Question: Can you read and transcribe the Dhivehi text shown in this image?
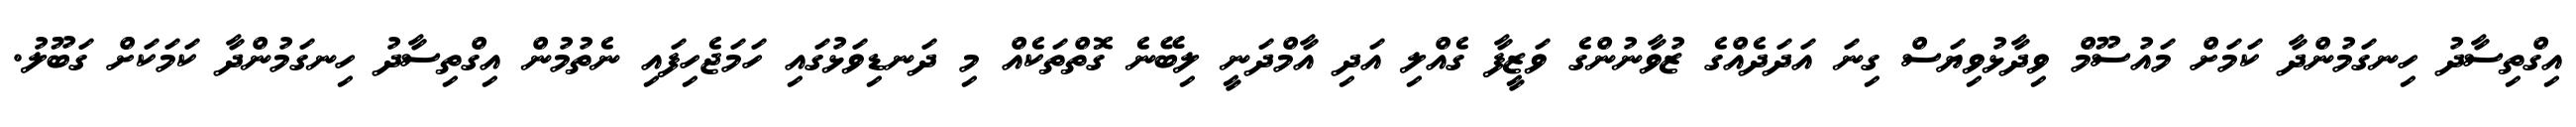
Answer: އިގްތިސާދު ހިނގަމުންދާ ކަމަށް މައުސޫމް ވިދާޅުވިޔަސް ގިނަ އަދަދެއްގެ ޒުވާނުންގެ ވަޒީފާ ގެއްލި އަދި އާމްދަނީ ލިބޭނެ ގޮތްތަކެއް މި ދަނޑިވަޅުގައި ހަމަޖެހިފައި ނެތުމުން އިގްތިސާދު ހިނގަމުންދާ ކަމަކަށް ގަބޫލު.